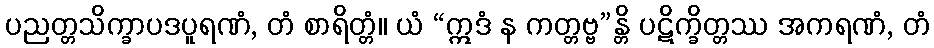
ပညတ္တသိက္ခာပဒပူရဏံ, တံ စာရိတ္တံ။ ယံ “ဣဒံ န ကတ္တဗ္ဗ”န္တိ ပဋိက္ခိတ္တဿ အကရဏံ, တံ